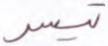
تيسر